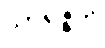
သာရဇ္ဇတိ